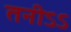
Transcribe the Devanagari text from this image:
तनीऽऽ